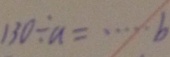
1 3 0 \div a = \cdots b